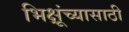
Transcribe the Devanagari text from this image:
भिक्षूंच्यासाठी